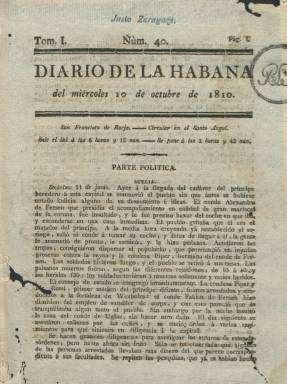
Título: Diario de La Habana
Otros títulos: Diario del Gobierno de La Habana || Diario constitucional de La Habana || Diario del Gobierno Constitucional de La Habana
Colección: Gacetas
Ámbito geográfico: Cuba
Lugar de publicación: La Habana
Fechas: 10/10/1810-31/12/1819

Aparece su primer número el uno de septiembre de 1810, como continuación de El Aviso de La Habana (1809-1810) y El Aviso (1805-1808), que a su vez eran continuación de Papel periódico de la Havana (1790-1805) y de la Gaceta de La Havana (1764-1766 y 1782-1783), es decir, las publicaciones oficiosas de la Capitanía General de la capital de las Antillas españolas, de las que desde finales del siglo XVIII se había hecho cargo de su propiedad, edición y dirección la Real Sociedad Patriótica, siendo redactadas por sus principales socios, integrantes del sector intelectual de la sociedad criolla cubana. Por vez primera, se decide que su publicación fuese diaria.

A partir del 23 de julio de 1812, y hasta abril de 1820, modifica el título a Diario del Gobierno de La Habana. Durante el Trienio Liberal (1820-1823), se denominará Diario Constitucional de La Habana y Diario del Gobierno Constitucional de La Habana. Antes de que acabara ese año, y hasta enero de 1825, fue Diario del Gobierno de La Habana, y desde el uno de febrero de este último y hasta el tres de febrero del de 1848 recuperará el escueto título Diario de La Habana. A partir del tres de febrero de este último año será continuado por la Gaceta de La Habana, como publicación diaria oficial del gobierno cubano. Sin embargo, la Sociedad Patriótica siguió editando su Diario de La Habana hasta 1854 (Aguilera Manzano: 2007). La colección de la Biblioteca Nacional contiene números del Diario… hasta 1819, y la de la Hemeroteca Municipal de Madrid, de 1812 a 1820.

El abogado y filósofo Tomás Agustín Cervantes (1782-1848), que había sido el principal redactor de El Aviso, seguirá dirigiendo el diario hasta 1816. Le sucedió en esta tarea el impresor y periodista de origen vasco José de Arazoza y Soler, que había sido nombrado previamente, en 1812, impresor del Gobierno y de la Sociedad Patriótica y, por tanto del diario. Tras fallecer Arazoza, en 1824, le sustituirá, por real orden de ocho de mayo de 1825, su viuda, Antonia de la Cámara, hasta 1831, y en adelante lo dirigirá y redactará principalmente el hijo de ambos, José Toribio de Arazoza.

Sus entregas son, generalmente, de cuatro páginas, compuestas a una columna. Cuando empiece a ser impreso por Arazoza, a partir del 22 de julio de 1812 ampliará su formato, de medio pliego (4º), a pliego español, que será reducido de nuevo a finales de 1823. También aumentará el número de sus columnas y publicará suplementos. Según la colección de la BNE, el uno de julio de 1819 lleva ya estampado en la cabecera un grabado con el escudo de La Habana. En 1825, el número de sus suscriptores ascendía casi al millar.

Comienza cada número con el santoral y las “afecciones astronómicas” del día. Entre sus secciones, aparece la denominada Parte política, con noticias del extranjero o locales, bajo los epígrafes de los nombres de los países o ciudades, de Europa, sobre todo de España, así como de América, especialmente de Estados Unidos, Nueva España (México) y América del Sur.

Otras secciones tienen los títulos Parte oficial y Parte no oficial, con asuntos de oficio, nombramientos de cargos, normativas o noticias de tribunales. En la denominada “Ocurrencias del día”, las vacunaciones, así como las noticias de pérdidas, alquileres, ventas y compras de haciendas, muebles, alhajas, animales, esclavos y esclavas; del movimiento portuario (entrada y salidas de embarcaciones o mercancías) o asuntos de agricultura (producción de azúcar, café o extracciones de minerales).

Publica artículos de diversa índole, así como de carácter literario (crítica, folletines, composiciones poéticas, etc. Su sección “Ramilletes habaneros” es una especie de crónica de sociedad local, y ofrece también la programación teatral y la de toros, e información y documentación sobre la vida de la propia Real Sociedad Patriótica y de otras sociedades cubanas.

Trata pues de asuntos políticos, de historia, ciencias, medicina, economía, comercio, agricultura, cultura o costumbres y sucesos (piratería marítima, huracanes, etc.), entre otros, pero asimismo del incesante tráfico de esclavos y de sus revueltas en la isla a partir de 1820. El vaivén de la libertad de expresión que se experimenta en la metrópoli desde 1811 se reflejará en algunos de sus textos.

Entre sus colaboradores figurarán, entre otros muchos, el médico Tomás Romay y Chacón (1764-1849), el abogado y naturalista Felipe Poey (1799-1891), el costumbrista Gaspar de Betancourt Cisneros -con el seudónimo El Lugareño- (1803-1866), el literato Ramón Vélez Herrera (1808-1886), Ramón de Palma (1812-1860), Miguel de Cárdenas y Herrera (1815-1864), el periodista José Güell y Rente (1818-1884), el profesor Miguel Teurbe Tolón (1820-1857), el puertorriqueño Narciso de Foxá (1822-1883), Idelfonso Estrada y Zenea (1826-1912) o Manuel Orgallez, así como las literatas españolas Gertrudis Gómez de Avellaneda (1814-1873) o Virginia Felicia Auber (1825-1897)

José Andrés Martín Fortún y Foyo elabora, en 1955 el índice y sumarios del Diario de La Habana, desde 1812 a 1848. Otras referencias para este título son las de Vázquez Cienfuegos (2007) y Oliva Núñez (2010).